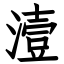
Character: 潱